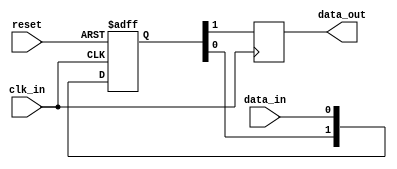
module two_flop_synchronizer (
    input wire clk_in,
    input wire reset,
    input wire data_in,
    output reg data_out
);

reg [1:0] flop;

always @(posedge clk_in or posedge reset) begin
    if (reset) begin
        flop <= 2'b0;
    end else begin
        flop <= {flop[0], data_in};
    end
end

always @(posedge clk_in) begin
    data_out <= flop[1];
end

endmodule